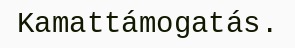
Kamattámogatás.